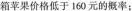
箱苹果价格低于160元的概率；